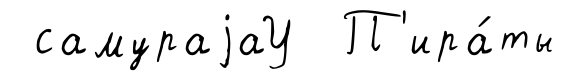
самураjаУ П'ира́ты